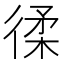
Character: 𢔟